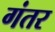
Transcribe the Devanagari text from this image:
गंतर